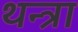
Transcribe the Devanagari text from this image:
थन्त्रा